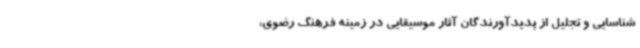
شناسایی و تجلیل از پدیدآورندگان آثار موسیقایی در زمینه فرهنگ رضوی،